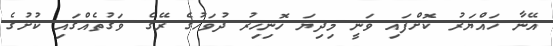
އޭނާ ހައްޔަރު ކޮށްފައި ވަނީ މިދިޔަ ހޮނިހިރު ދުވަހުގެ ރޭގެ ވަގުތެއްގައި ކުށުގެ